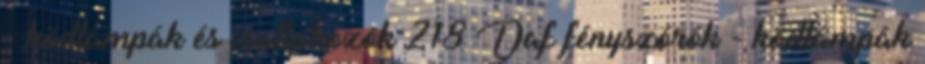
- ködlámpák és csatlakozók 218 Daf fényszórók - ködlámpák